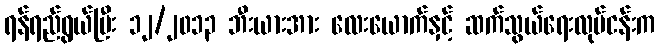
ရန်ရည်ရွယ်ပြီး ၁၂/၂၀၁၃ ဘီးယားအား လေးယောက်နှင့် ဆက်သွယ်ရေးလုပ်ငန်းက